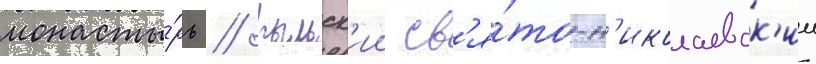
монасты́рь / рыльск'ии св'я́то-н'иколаевск'ии